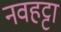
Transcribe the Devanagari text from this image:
नवहट्टा